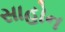
સાહોન